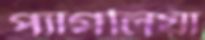
প্যাগলিয়া